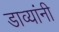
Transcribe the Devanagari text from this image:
डाव्यांनी